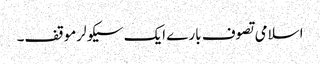
اسلامی تصوف بارے ایک سیکولرموقف۔